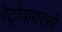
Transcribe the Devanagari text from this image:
रेट्रोवायरसों